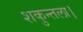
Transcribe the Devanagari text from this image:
शकुन्तला।